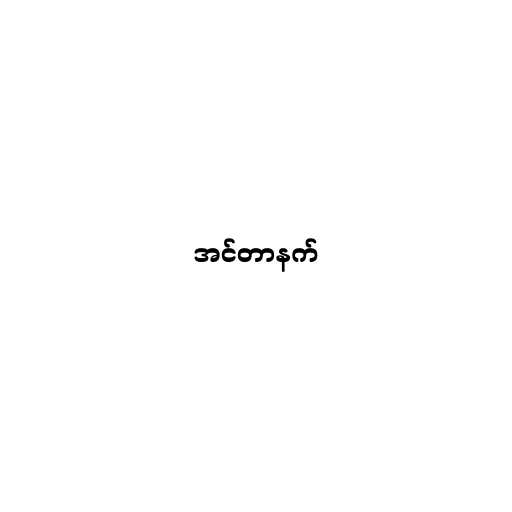
အင်တာနက်